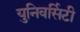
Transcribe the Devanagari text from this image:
युनिवर्सिटी